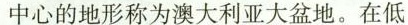
中心的地形称为澳大利亚大盆地。在低